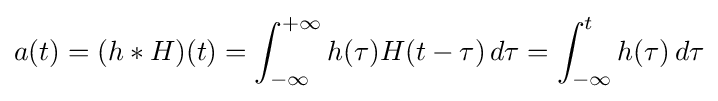
a(t)=(h*H)(t)=\int _{-\infty }^{+\infty }h(\tau )H(t-\tau )\,d\tau =\int _{-\infty }^{t}h(\tau )\,d\tau